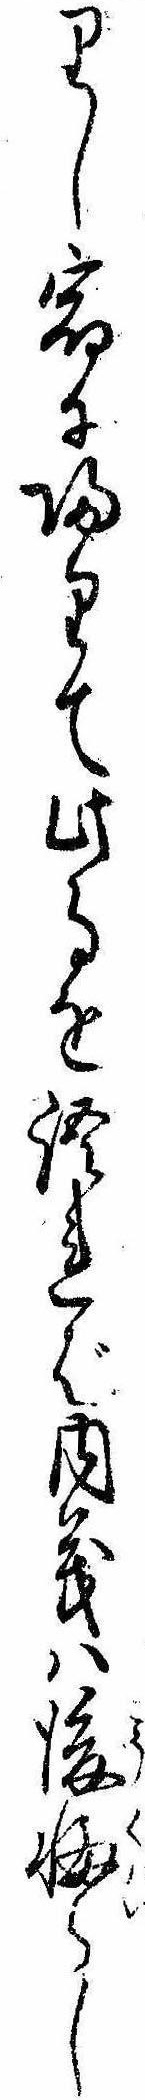
りし宿に帰りて此事を語れば内義は後悔らし